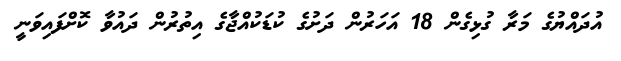
އުދައްޔުގެ މަރާ ގުޅިގެން 18 އަހަރުން ދަށުގެ ކުޑަކުއްޖާގެ އިތުރުން ދައުވާ ކޮށްފައިވަނީ